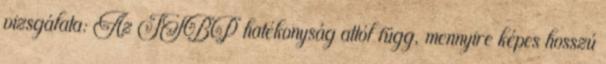
vizsgálata: Az ISBP hatékonyság attól függ, mennyire képes hosszú